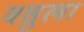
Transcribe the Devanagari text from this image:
वसुला